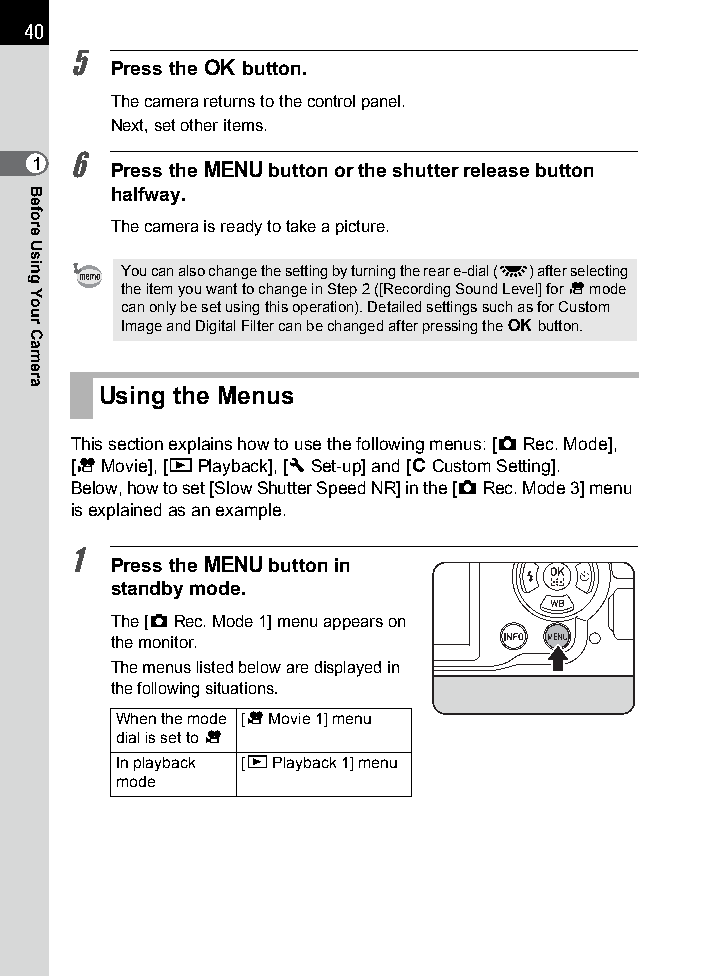
40
 5
 Press the 4 button.
 The camera returns to the control panel.
 Next, set other items.
 1 6  Press the 3 button or the shutter release button
 halfway.
 The camera is ready to take a picture.
 You can also change the setting by turning the rear e-dial (S) after selecting
 the item you want to change in Step 2 ([Recording Sound Level] for C mode
 can only be set using this operation). Detailed settings such as for Custom
 Image and Digital Filter can be changed after pressing the 4 button.
 Using the Menus
 This section explains how to use the following menus: [ARec. Mode],
 [CMovie], [QPlayback], [RSet-up] and [ACustom Setting].
 Below, how to set [Slow Shutter Speed NR] in the [ARec. Mode 3] menu
 is explained as an example.
 1
 Press the 3 button in
 standby mode.
 The [ARec. Mode1] menu appears on
 the monitor.
 The menus listed below are displayed in
 the following situations.
 When the mode [C Movie 1] menu
 dial is set to C
 In playback [Q Playback 1] menu
 mode
 Before
 Using
 Your
 Camera